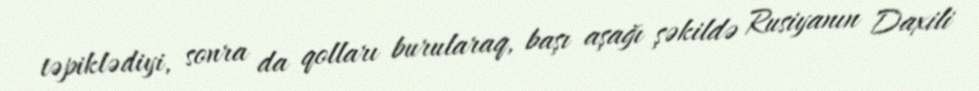
təpiklədiyi, sonra da qolları burularaq, başı aşağı şəkildə Rusiyanın Daxili